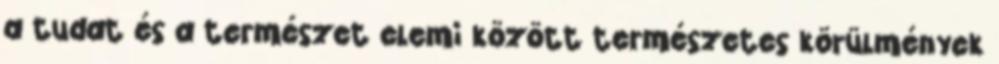
a tudat és a természet elemi között természetes körülmények